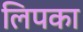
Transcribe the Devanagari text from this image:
लिपका